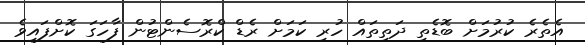
އެތެރެ ކުރުމަށް ބޮޑެތި ދަތިތައް ހުރި ކަމަށް ރެޑް ކްރޮސެންޓުން ފާހަގަ ކޮށްފައިވެ